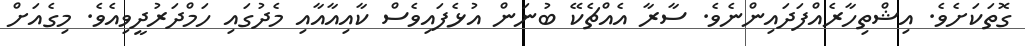
ގޮތަކަށެވެ. އިޝްތިހާރެއްފަދައިންނެވެ. ސާރާ އެއްޗެކޭ ބުނަން އުޅެފައިވެސް ކާއިއާއާއި މެދުގައި ހަމްދަރުދީވިއެވެ. މިގެއަށް